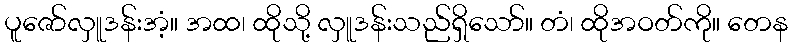
ပူဇော်လှူဒန်းအံ့။ အထ၊ ထိုသို့ လှူဒန်းသည်ရှိသော်။ တံ၊ ထိုအဝတ်ကို။ တေန